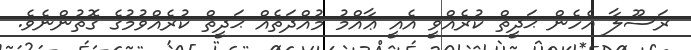
ރަސޫލާ އެހެން ޙަދީޘް ކުރެއްވީ އެއީ ޢާއްމު މުއްދަތެއް ޙަދީޘް ކުރެއްވުމުގެ ގޮތުންނެވެ.